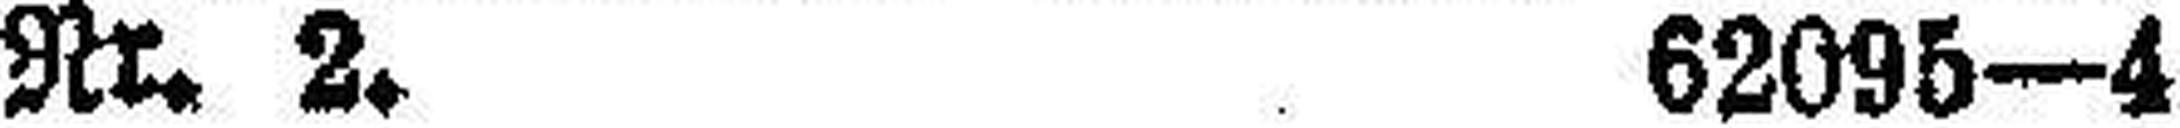
Nr. 2. 62095—4